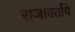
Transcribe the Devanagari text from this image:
राजावर्ताचे